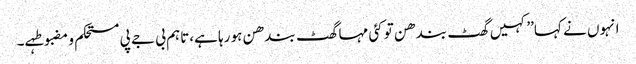
انہوں نے کہا’’کہیں گھٹ بندھن تو کئی مہا گھٹ بندھن ہو رہا ہے،تاہم بی جے پی مستحکم و مضبوطہے۔